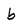
Character: b